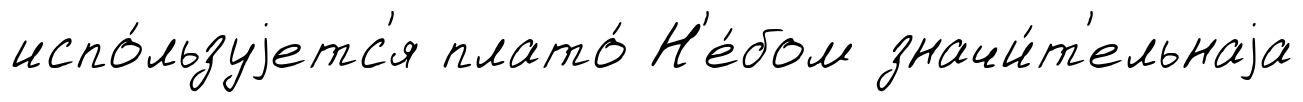
испо́льзуjетс'я плато́ Н'е́бом значи́т'ельнаjа